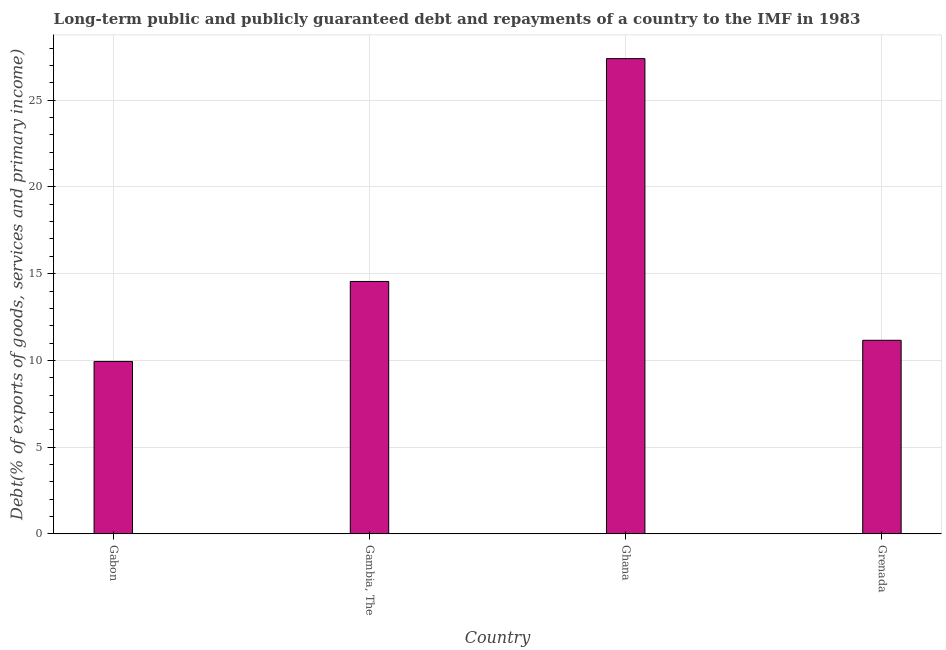
| Country | Debt service (PPG and IMF only) |
 | --- | --- |
 | Gabon | 9.94 |
 | Gambia, The | 14.6 |
 | Ghana | 27.4 |
 | Grenada | 11.2 |